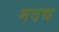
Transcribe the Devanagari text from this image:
मदथ